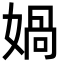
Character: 媧